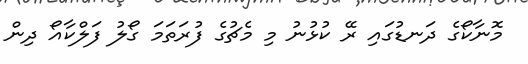
މޮނާކޯގެ ދަނޑުގައި ރޭ ކުޅުނު މި މެޗުގެ ފުރަތަމަ ގޯލު ފަލްކާއޯ ދިން